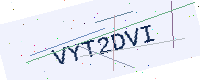
Text: VYT2DVI